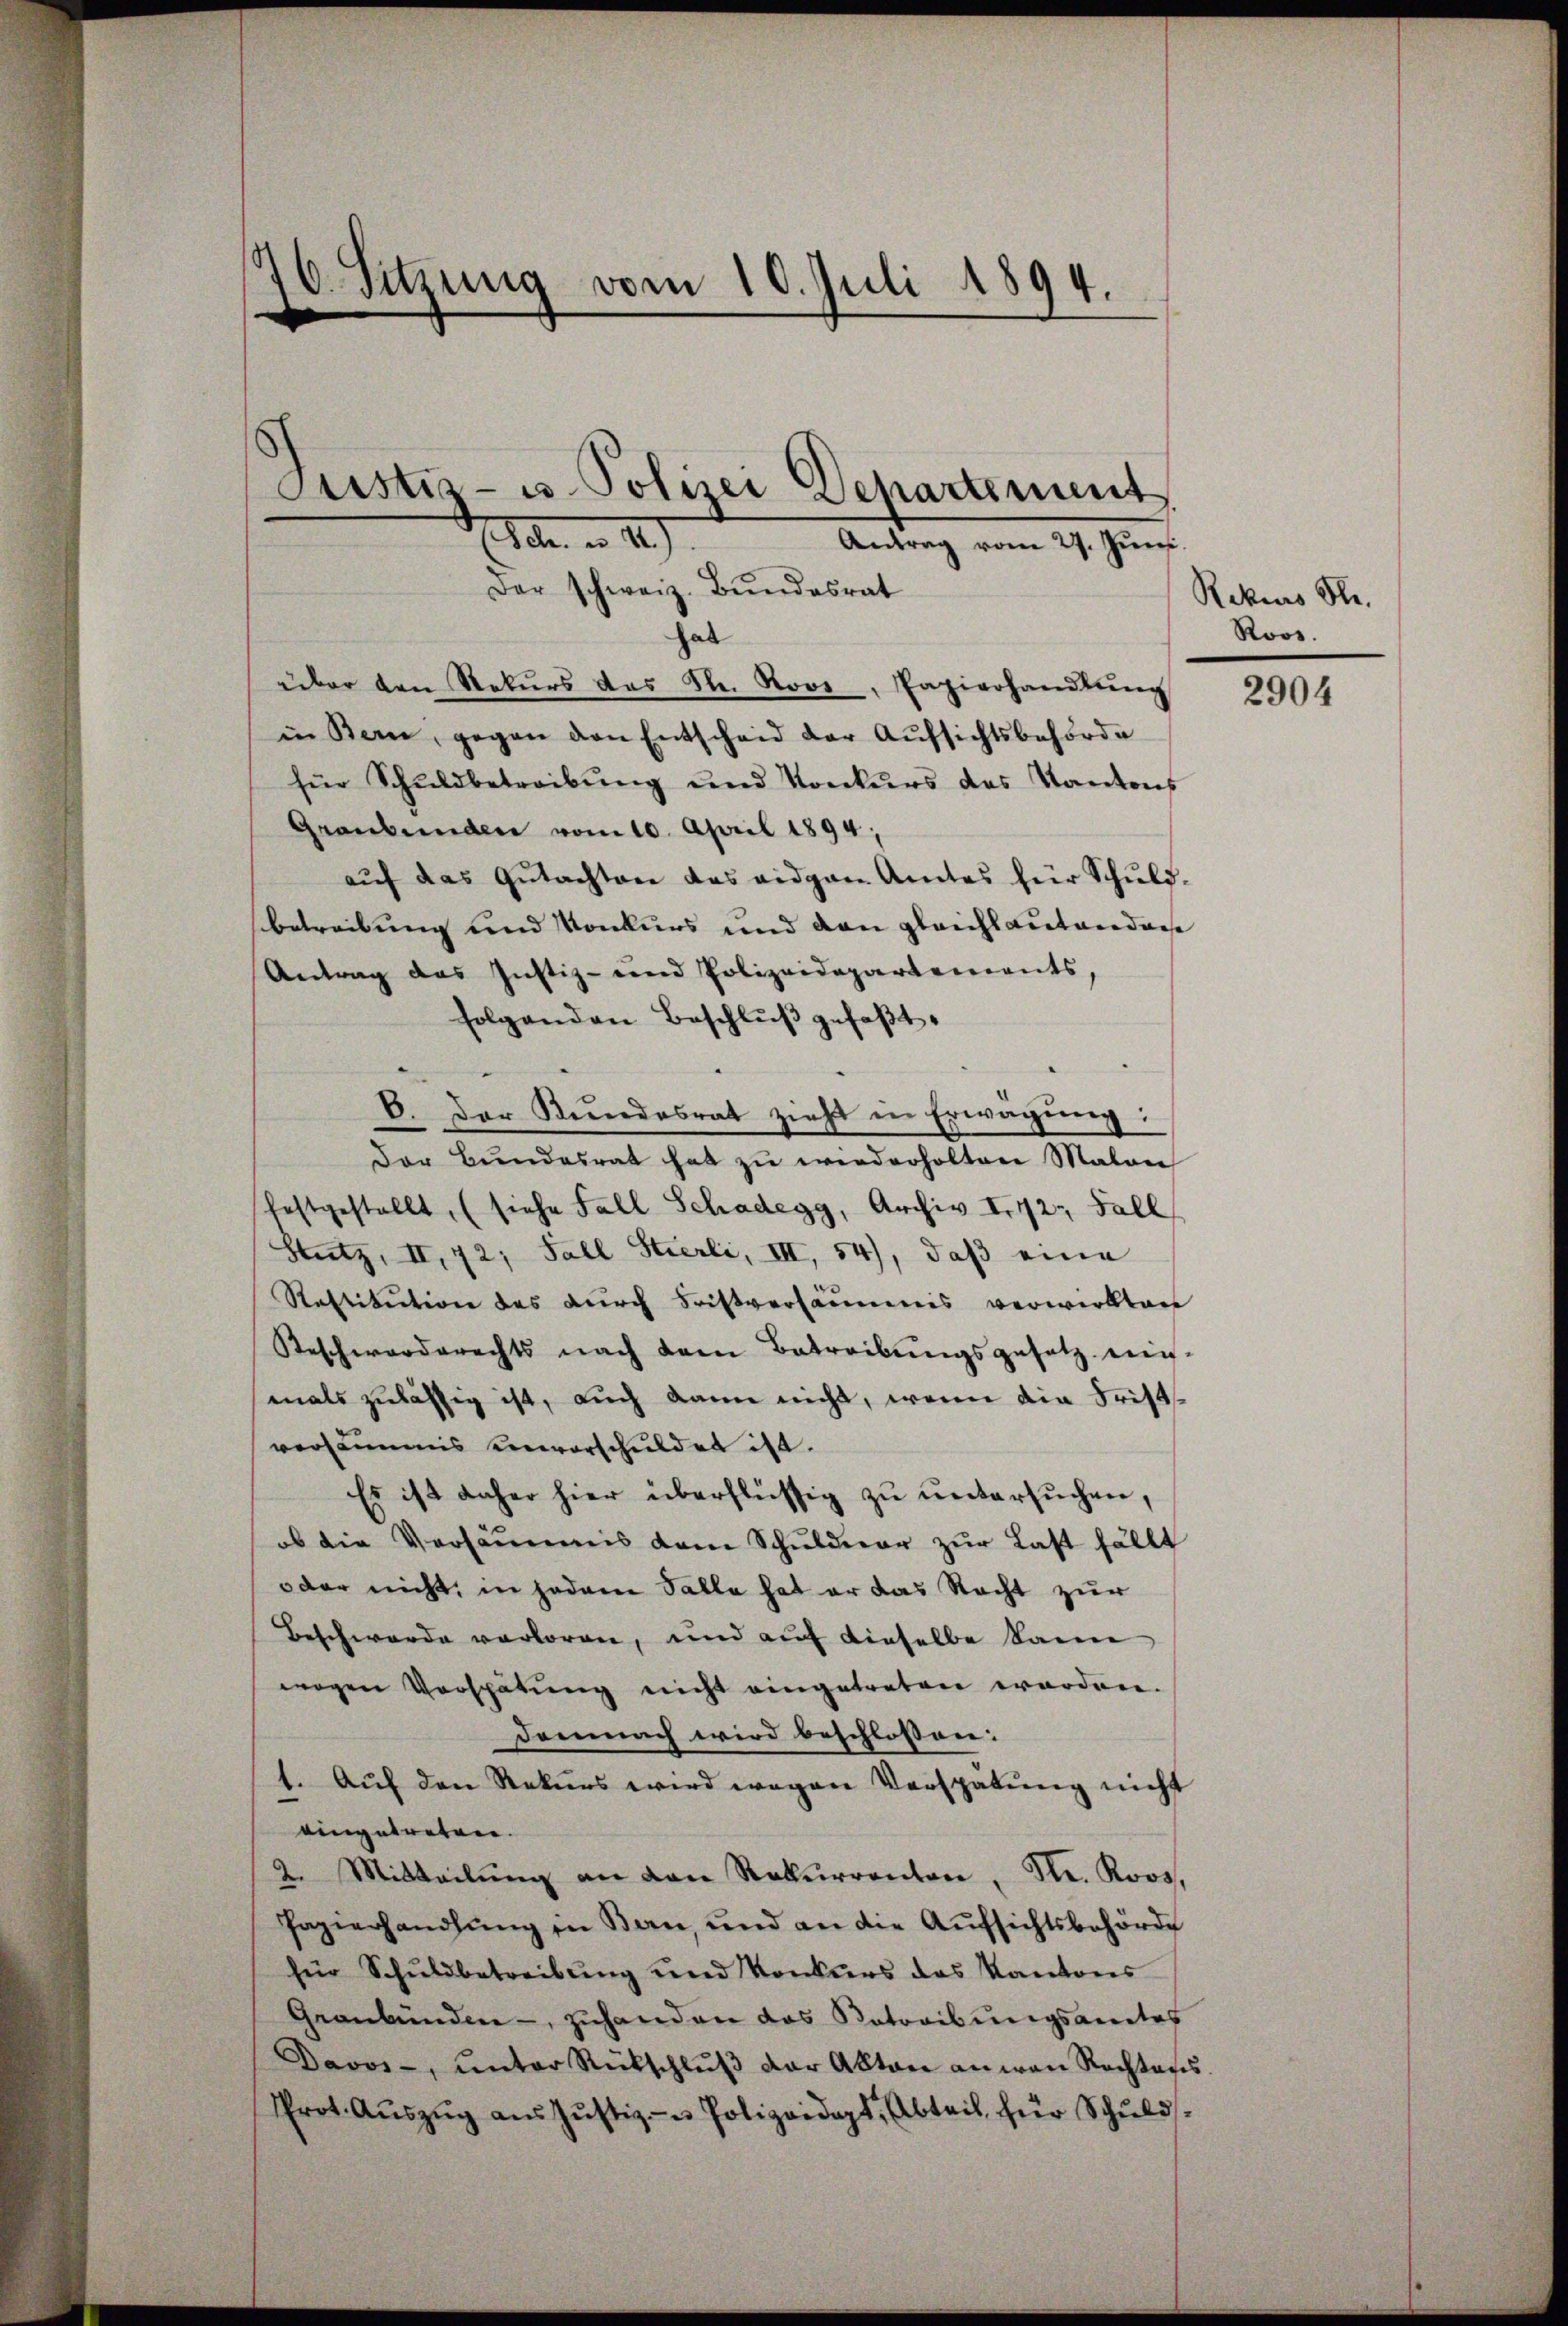
g
d. Sitzung vom 10. Juli 1894.

Justiz- u. Polizei Departement
Elter u. 12)
Antrag vom 27. Juni.
Der schweiz. Bŭndesrat

hab
über den Rekŭrs des Str. Roos, Papierhandlŭng
in Bern, gegen den Entscheid der Aŭfsichtsbehörde
für Schuldbetreibŭng und Konkurs des Kantons
Graubünden vom 10. April 1894;
aŭf das Gŭtachten das eidgen Amtes für Schŭld-
betreibung und Konkurs und den gleichlautenden
Antrag das Justiz- und Polizeidepartements,
folgenden Beschlŭβ gefaβt.
E. Der Stundesrat zieht in Erwägung:
Der Bŭndesrat hat zŭ wiederholten Malan
festgestellt, (siehe Fall Schadegg, Archiv I.72: Fall
Stutz, II, 72; Fall Stierli, III, 54), daβ eine
Restitution des durch Fristversammis verwirkten
Beschworderechts nach dem Betreibŭngsgesetz ein-
mals zulässig ist, auch dann nicht, wenn die Frist
versammis einverschuldet ist.
Es ist daher hier überflüssig zu untersuchen,
ob die Versäumis dem Schŭldear zŭr Last fällt
oder nicht, in jedem Falle hat er das Recht zur
Beschwerde verloren, und auf dieselbe kann
wogen Verspätung nicht eingetreten worden.
demnach wird beschlossen:
1. Aŭf den Rekurs wird wegen Verspätung nicht
eingetreten.
2. Mitteilŭng an den Rekurrenten, Fr. Roos,
Papierhandlung in Bern, und an die Aufsichtsbehörde
für Schŭldbetreibŭng und Konkurs das Kantons
Graubünden - zuhanden das Betreibungsamtes
Davos-, ŭnter Rückschlŭβ der Akten an von Rechtens.
Prot. Aŭszŭg aŭs Jŭstiz- u Polizeidigt, Abteil, für Schuld¬

Rekons Se.
Roos.

2904